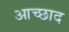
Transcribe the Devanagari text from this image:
आच्छाद